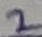
Text: 2